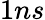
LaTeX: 1ns